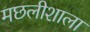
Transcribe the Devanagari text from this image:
मछलीशाला